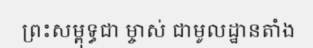
ព្រះសម្ពុទ្ធជា ម្ចាស់ ជាមូលដ្ឋានតាំង